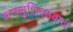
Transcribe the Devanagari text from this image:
कन्फ्युशियसवादी